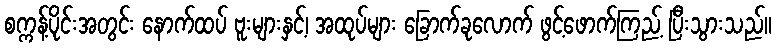
စက္ကန့်ပိုင်းအတွင်း နောက်ထပ် ဗူးများနှင့်၊ အထုပ်များ ခြောက်ခုလောက် ဖွင့်ဖောက်ကြည့် ပြီးသွားသည်။